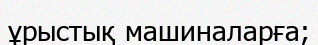
ұрыстық машиналарға;